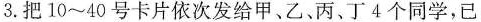
3.把10~40号卡片依次发给甲、乙、丙、丁4个同学，已